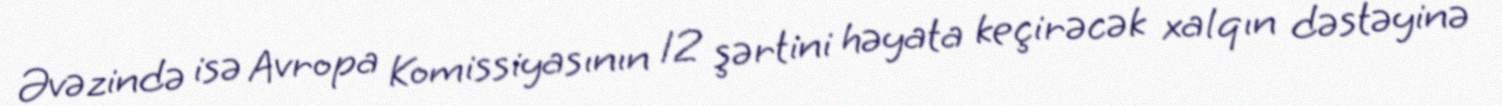
Əvəzində isə Avropa Komissiyasının 12 şərtini həyata keçirəcək xalqın dəstəyinə